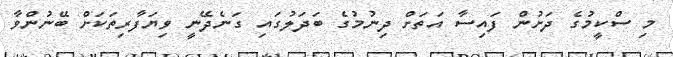
މި ސްކީމުގެ ދަށުން ފައިސާ އަތަށް ދިނުމުގެ ބަދަލުގައި ގަނެދޭނީ ވިޔަފާރިތަކަށް ބޭނުންވާ